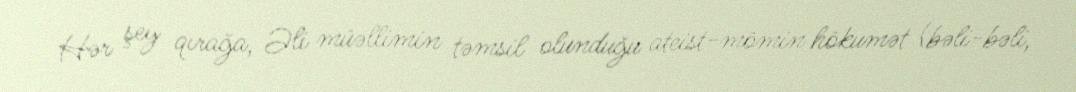
Hər şey qırağa, Əli müəllimin təmsil olunduğu ateist-mömin hökumət (bəli-bəli,